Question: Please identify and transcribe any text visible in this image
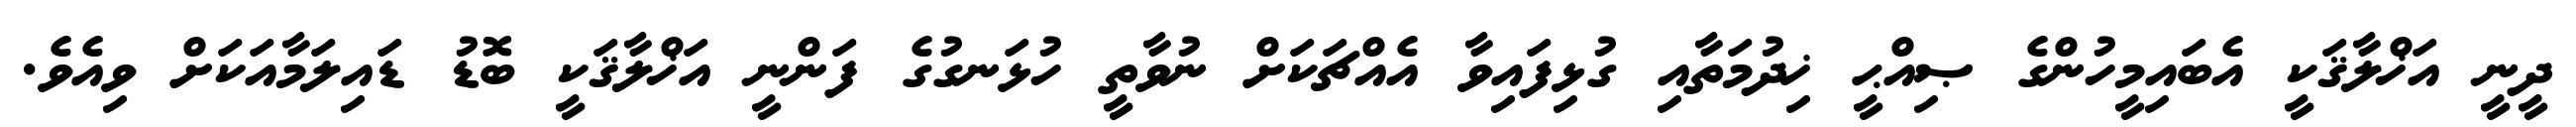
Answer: ދީނީ އަޚްލާޤަކީ އެބައިމީހުންގެ ޞިއްޙީ ޚިދުމަތާއި ގުޅިފައިވާ އެއްޗަކަށް ނުވާތީ ހުޅަނގުގެ ފަންނީ އަޚްލާޤަކީ ބޮޑު ޑައިލަމާއަކަށް ވިއެވެ.